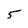
Character: 5